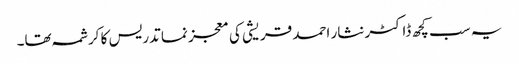
یہ سب کچھ ڈاکٹر نثار احمد قریشی کی معجز نما تدریس کا کرشمہ تھا۔